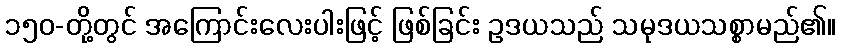
၁၅၀-တို့တွင် အကြောင်းလေးပါးဖြင့် ဖြစ်ခြင်း ဥဒယသည် သမုဒယသစ္စာမည်၏။